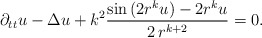
\begin{align*}\partial_{tt}u-\Delta u+k^2\frac{\sin{(2r^ku)}-2r^ku}{2\,r^{k+2}}=0.\end{align*}